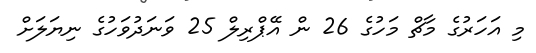
މި އަހަރުގެ މާޗް މަހުގެ 26 ން އޭޕްރިލް 25 ވަނަދުވަހުގެ ނިޔަލަށް